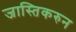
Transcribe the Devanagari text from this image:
जास्तिकरुन